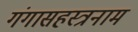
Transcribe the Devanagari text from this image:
गंगासहस्त्रनाम